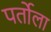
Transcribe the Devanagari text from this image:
पर्तोला